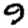
Digit: 9